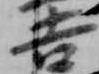
吉